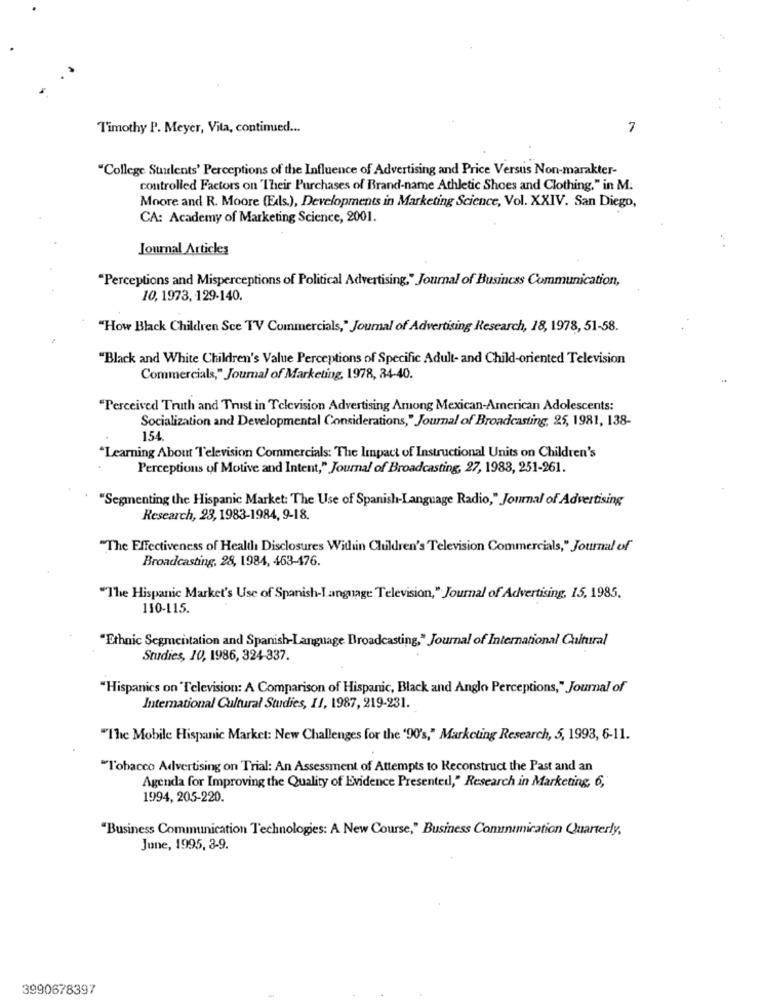
Timothy P. Meyer, Vita, continued ...
7
"College Students' Perceptions of the Influence of Advertising and Price Versus Non-marakter-
controlled Factors on Their Purchases of Brand-name Athletic Shoes and Clothing," in M.
Moore and R. Moore (Eds.), Developments in Marketing Science, Vol. XXIV. San Diego,
CA: Academy of Marketing Science, 2001.
Journal Articles
"Perceptions and Misperceptions of Political Advertising," Journal of Business Communication,
10, 1973, 129-140.
"How Black Children Sce TV Commercials," Journal of Advertising Research, 18, 1978, 51-58.
"Black and White Children's Value Perceptions of Specific Adult- and Child-oriented Television
Commercials," Journal of Marketing, 1978, 34-40.
"Perceived Truth and Trust in Television Advertising Among Mexican-American Adolescents:
Socialization and Developmental Considerations," Journal of Broadcasting, 25, 1981, 138-
154.
"Learning About Television Commercials: The Impact of Instructional Units on Children's
Perceptions of Motive and Intent," Journal of Broadcasting, 27, 1988, 251-261.
"Segmenting the Hispanic Market: The Use of Spanish-Language Radio," Journal of Advertising
Research, 23, 1983-1984, 9-18.
"The Effectiveness of Health Disclosures Within Children's Television Commercials," Journal of
Broadcasting, 28, 1984, 463-476.
"The Hispanic Market's Use of Spanish-Language Television," Journal of Advertising, 15, 1985.
110-115.
"Ethnic Segmentation and Spanish-Language Broadcasting," Journal of International Cultural
Studies, 10, 1986, 324-337.
"Hispanics on Television: A Comparison of Hispanic, Black and Anglo Perceptions," Journal of
International Cultural Studies, 11, 1987, 219-231.
"The Mobile Hispanic Market: New Challenges for the '90's," Marketing Research, 5, 1993, 6-11.
"Tobacco Advertising on Trial: An Assessment of Attempts to Reconstruct the Past and an
Agenda for Improving the Quality of Evidence Presented," Research in Marketing, 6,
1994, 205-220.
"Business Communication Technologies: A New Course," Business Communication Quarterly,
June, 1995, 3-9.
3990678397